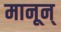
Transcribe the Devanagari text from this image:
मानून्